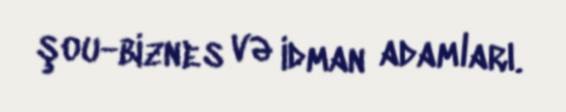
şou-biznes və idman adamları.